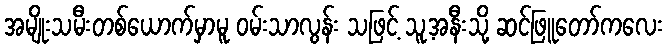
အမျိုးသမီးတစ်ယောက်မှာမူ ဝမ်းသာလွန်း သဖြင့် သူ့အနီးသို့ ဆင်ဖြူတော်ကလေး